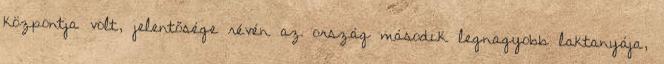
központja volt, jelentősége révén az ország második legnagyobb laktanyája,